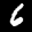
Label: 6